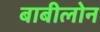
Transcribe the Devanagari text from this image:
बाबीलोन